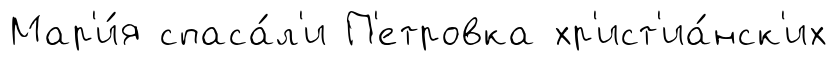
Мар'и́я спаса́л'и П'етровка хр'ист'иа́нск'их